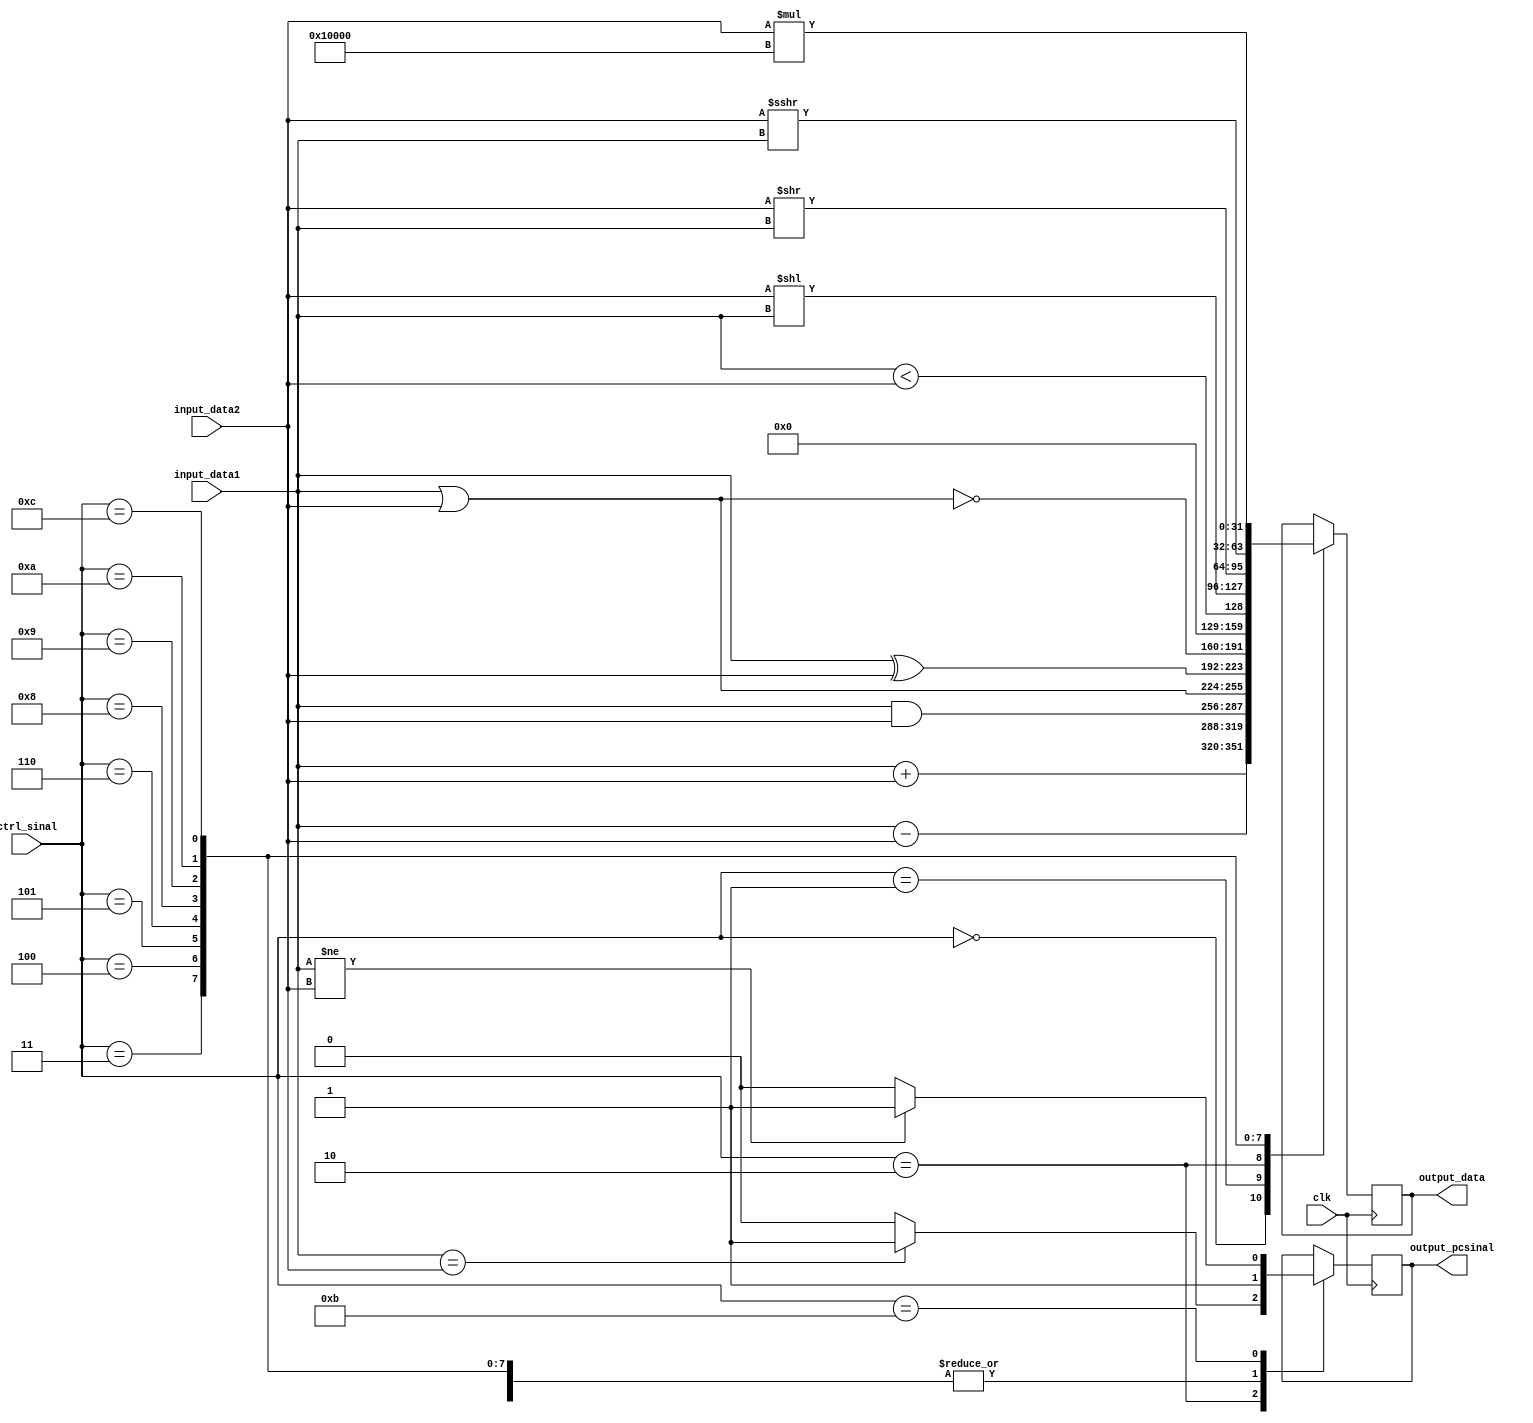
/*
ALU
ALU
*/
module ALU(clk, input_data1, input_data2, output_data, ctrl_sinal, output_pcsinal);

input                 clk;
input     [31:0]      input_data1;
input     [31:0]      input_data2;
input     [4:0]       ctrl_sinal;
output    [31:0]      output_data;
output                output_pcsinal;
reg       [31:0]      output_data;
reg                   output_pcsinal;

parameter ALU_add = 4'b0000;    //
parameter ALU_sub = 4'b0001;    //
parameter ALU_and = 4'b0010;    //
parameter ALU_or  = 4'b0011;    //
parameter ALU_xor = 4'b0100;    //
parameter ALU_nor = 4'b0101;    //
parameter ALU_slt = 4'b0110;    //
parameter ALU_sll = 4'b1000;    //
parameter ALU_srl = 4'b1001;    //
parameter ALU_sra = 4'b1010;    //
parameter ALU_bne = 4'b1011;    //
parameter ALU_lui = 4'b1100;    //16

always @(posedge clk)
begin
	case(ctrl_sinal)
		ALU_add : begin 
		    output_data = input_data1 + input_data2;
			output_pcsinal = 1;
		end
		ALU_sub : begin 
			output_data = input_data1 - input_data2;
			output_pcsinal = 1;
		end
		ALU_and : begin //
			output_data = input_data1 & input_data2;
			if(input_data1 == input_data2) 
				output_pcsinal = 1;
			else output_pcsinal = 0;
		end
		ALU_or  : begin
			output_data = input_data1 | input_data2;
			output_pcsinal = 1;
		end
		ALU_xor : begin
			output_data = input_data1 ^ input_data2;
			output_pcsinal = 1;
		end
		ALU_nor : begin
			output_data = ~(input_data1 | input_data2);
			output_pcsinal = 1;
		end
		ALU_slt : begin
			output_data = (input_data1 < input_data2);
			output_pcsinal = 1;
		end
		ALU_sll : begin
			output_data = input_data2 << input_data1;
			output_pcsinal = 1;
		end
		ALU_srl : begin
			output_data = input_data2 >> input_data1;
			output_pcsinal = 1;
		end
		ALU_sra : begin
			output_data = ($signed(input_data2)) >>> input_data1;
			output_pcsinal = 1;
		end
		ALU_lui : begin
			output_data = input_data2 * 65536;
			output_pcsinal = 1;
		end
		// ALU_sll: output_data = input_data1 << input_data2;
		// ALU_srl: output_data = input_data1 >> input_data2;
		// ALU_sra: output_data = input_data1 >> input_data2;

		ALU_bne: begin
			if(input_data1 != input_data2) 
				output_pcsinal = 1;
			else output_pcsinal = 0;
		end
	endcase
end

endmodule